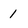
Character: 1